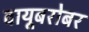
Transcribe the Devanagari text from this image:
वायूबरोबर